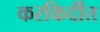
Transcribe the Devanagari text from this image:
करकिर्दीत